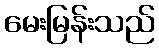
မေးမြန်းသည်